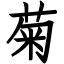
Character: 菊